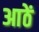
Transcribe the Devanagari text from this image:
आठें